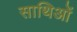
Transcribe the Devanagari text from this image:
साथिओं